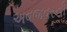
અવજવરની